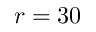
r = 3 0